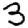
Digit: 3